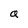
Character: a